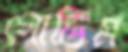
গোডিম